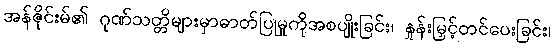
အန်ဇိုင်းမ်၏ ဂုဏ်သတ္တိများမှာဓာတ်ပြုမှုကိုအစပျိုးခြင်း၊ နှုန်းမြှင့်တင်ပေးခြင်း၊